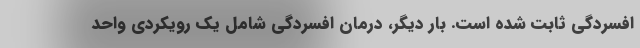
افسردگی ثابت شده است. بار دیگر، درمان افسردگی شامل یک رویکردی واحد